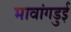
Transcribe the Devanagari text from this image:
मावांगडुई